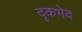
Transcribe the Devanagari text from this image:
दृकभेद